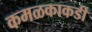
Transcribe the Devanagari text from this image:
कमळकाकडी